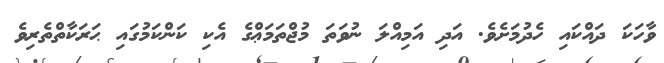
ވާހަކަ ދައްކައި ހެދުމަށެވެ. އަދި އަމިއްލަ ނުވަތަ މުޖްތަމަޢްގެ އެކި ކަންކަމުގައި ޙަރަކާތްތެރިވެ